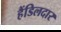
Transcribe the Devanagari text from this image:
हैंडिलदार